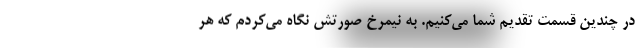
در چندین قسمت تقدیم شما می‌کنیم. به نیمرخ صورتش نگاه می‌کردم که هر